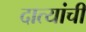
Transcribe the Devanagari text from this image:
दात्यांची